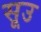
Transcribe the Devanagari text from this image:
सूउ